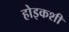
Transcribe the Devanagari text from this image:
होइकशी